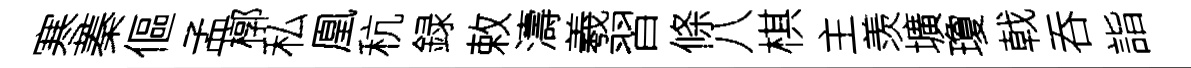
寒蓁傴孟槨私凰秔録敕濤羲習條八棋主羡壙瓊戟吞詣